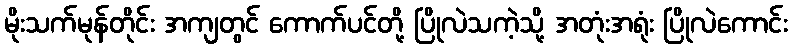
မိုးသက်မုန်တိုင်း အကျတွင် ကောက်ပင်တို့ ပြိုလဲသကဲ့သို့ အတုံးအရုံး ပြိုလဲကောင်း